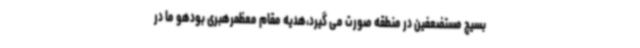
بسیج مستضعفین در منطقه صورت می گیرد،هدیه مقام معظمرهبری بودهو ما در